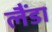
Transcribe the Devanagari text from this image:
लैंडा